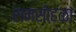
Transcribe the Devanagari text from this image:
रामसोहळा